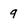
Character: 9